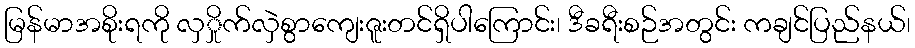
မြန်မာအစိုးရကို လှှိုက်လှဲစွာကျေးဇူးတင်ရှိပါကြောင်း၊ ဒီခရီးစဉ်အတွင်း ကချင်ပြည်နယ်၊